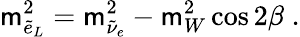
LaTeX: \mathsf{m}_{\tilde{{e}}_{L}}^{2}=\mathsf{m}_{\tilde{{\nu}}_{e}}^{2}-\mathsf{m}_{W}^{2}\cos2\beta\; .